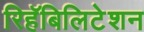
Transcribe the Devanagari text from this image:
रिहॅबिलिटेशन